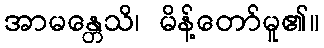
အာမန္တေသိ၊ မိန့်တော်မူ၏။